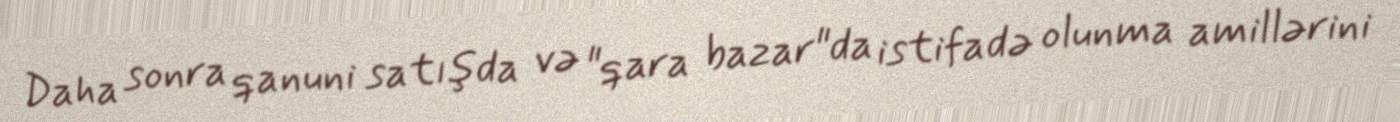
Daha sonra qanuni satışda və "qara bazar"da istifadə olunma amillərini